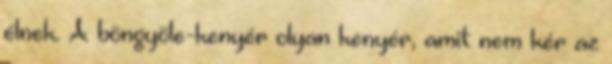
élnek. A böngyöle-kenyér olyan kenyér, amit nem kér az